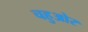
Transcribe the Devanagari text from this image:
चहुओर